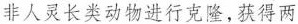
非人灵长类动物进行克隆，获得两